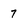
Character: 7